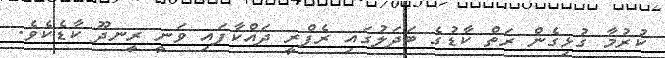
ކުރުމާ ގުޅިގެން ރަތް ކާޑުގެ ބަދަލުގައި ރެފްރީ ދައްކާފައި ވަނީ ރީނދޫ ކާޑެކެވެ.